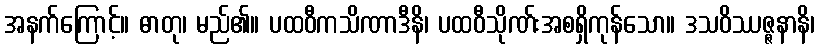
အနက်ကြောင့်။ ဓာတု၊ မည်၏။ ပထဝီကသိဏာဒီနိ၊ ပထဝီသိုဏ်းအစရှိကုန်သော။ ဒသဝိဿဇ္ဇနာနိ၊